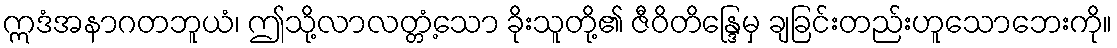
ဣဒံအနာဂတဘူယံ၊ ဤသို့လာလတ္တံ့သော ခိုးသူတို့၏ ဇီဝိတိန္ဒြေမှ ချခြင်းတည်းဟူသောဘေးကို။